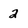
Character: 2